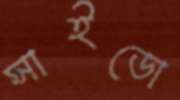
সাইডো